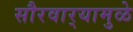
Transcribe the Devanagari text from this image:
सौरवार्‍यामुळे